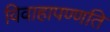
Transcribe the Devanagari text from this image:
विवाहापण्णति